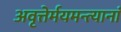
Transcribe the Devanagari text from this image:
अवृत्तेर्मयमन्त्यानां